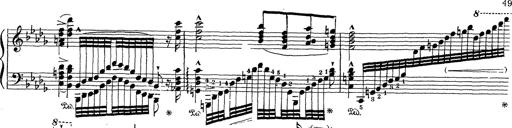
Title: Grosses Konzertsolo
Composer: Franz Liszt